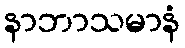
နာဘာသမာနံ